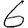
Digit: 6